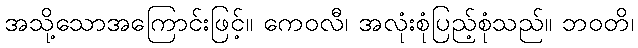
အသို့သောအကြောင်းဖြင့်။ ကေဝလီ၊ အလုံးစုံပြည့်စုံသည်။ ဘဝတိ၊